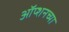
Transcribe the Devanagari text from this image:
ऑप्शनच्या